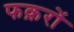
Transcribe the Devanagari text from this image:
फक़रों